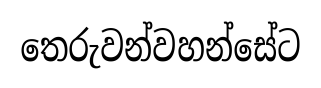
තෙරුවන්වහන්සේට